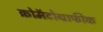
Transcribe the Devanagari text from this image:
क्रोमॅटोग्राफीक